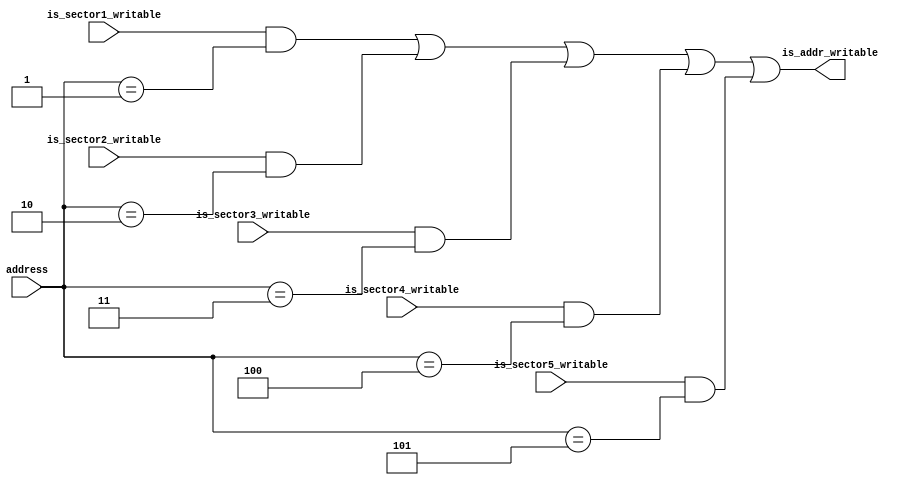
module altera_onchip_flash_s_address_write_protection_check (
    address,
    is_sector1_writable,
    is_sector2_writable,
    is_sector3_writable,
    is_sector4_writable,
    is_sector5_writable,
    is_addr_writable
);
    input [2:0] address;
    input is_sector1_writable;
    input is_sector2_writable;
    input is_sector3_writable;
    input is_sector4_writable;
    input is_sector5_writable;
    output is_addr_writable;
    wire is_sector1_addr;
    wire is_sector2_addr;
    wire is_sector3_addr;
    wire is_sector4_addr;
    wire is_sector5_addr;
    assign is_sector1_addr = (address == 1);
    assign is_sector2_addr = (address == 2);
    assign is_sector3_addr = (address == 3);
    assign is_sector4_addr = (address == 4);
    assign is_sector5_addr = (address == 5);
    assign is_addr_writable = ((is_sector1_writable && is_sector1_addr) ||
                               (is_sector2_writable && is_sector2_addr) ||
                               (is_sector3_writable && is_sector3_addr) ||
                               (is_sector4_writable && is_sector4_addr) ||
                               (is_sector5_writable && is_sector5_addr));
endmodule